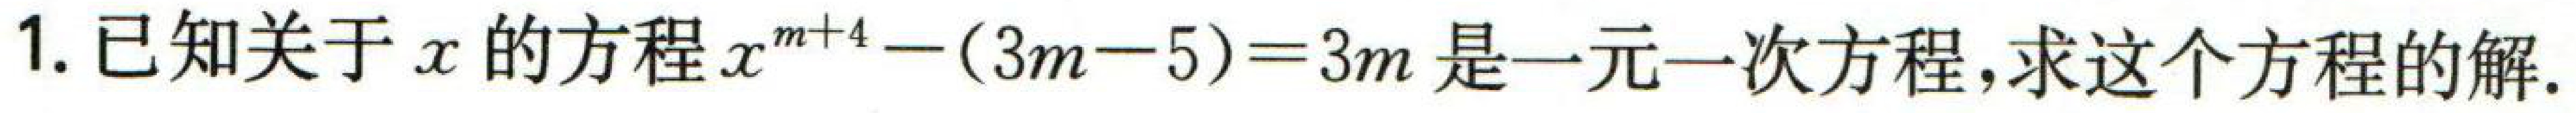
1. 已知关于\(x\)的方程\(x^{m + 4}-(3m - 5)=3m\)是一元一次方程,求这个方程的解.